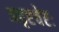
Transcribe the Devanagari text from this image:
अदृष्टचेष्टः